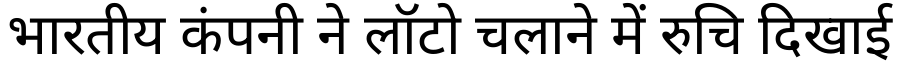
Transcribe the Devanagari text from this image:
भारतीय कंपनी ने लॉटो चलाने में रुचि दिखाई